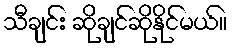
သီချင်း ဆိုချင်ဆိုနိုင်မယ်။